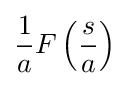
{\frac {1}{a}}F\left({s \over a}\right)